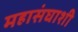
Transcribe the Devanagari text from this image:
महासंघाशी